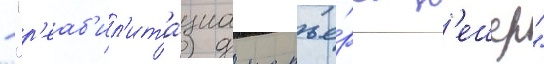
- "р'еаб'ил'ита́циа карье́ра н'ешер"